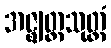
အဇ္ဈတ္တသုတ္တံ